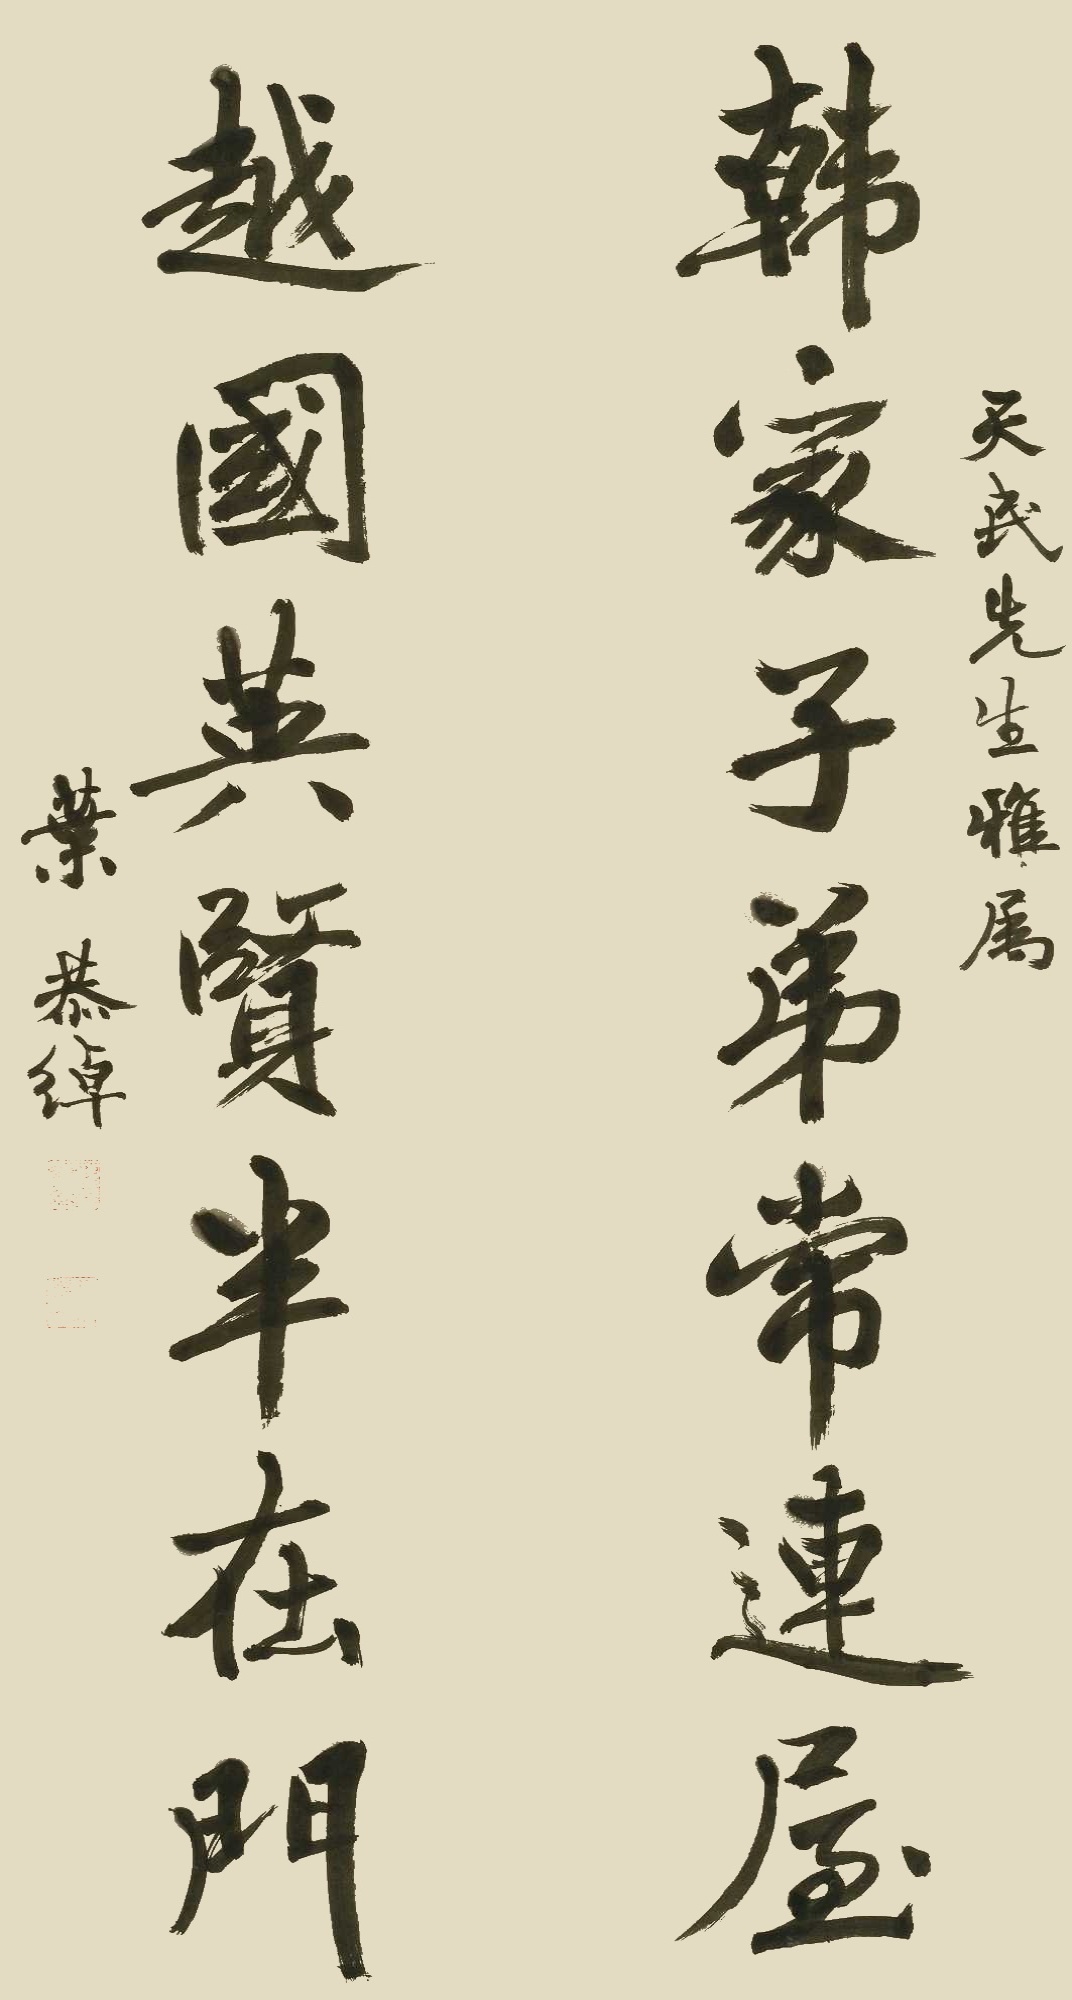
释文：韩家子弟常连屋，越国英贤半在门。天民先生雅属，叶恭绰。